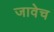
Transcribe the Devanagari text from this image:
जावेच